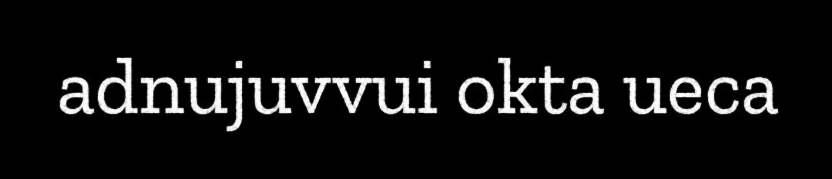
adnujuvvui okta ueca